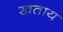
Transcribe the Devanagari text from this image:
खताय